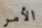
الأمر